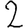
Digit: 2